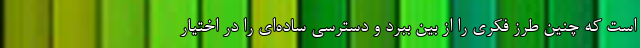
است که چنین طرز فکری را از بین ببرد و دسترسی ساده‌ای را در اختیار